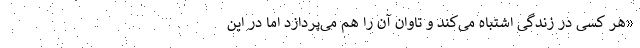
«هر کسی در زندگی اشتباه می‌کند و تاوان آن را هم می‌پردازد اما در این